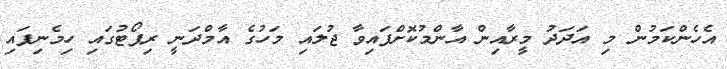
އެހެންކަމުން މި އަދަދު މީރާއިން އާންމުކޮށްފައިވާ ޖުލައި މަހުގެ އާމްދަނީ ރިޕޯޓުގައި ހިމެނިފައި